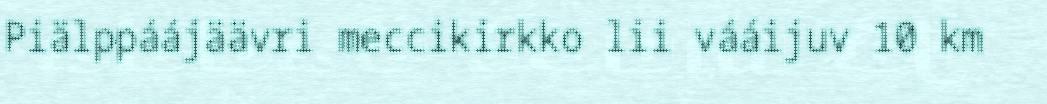
Piälppáájäävri meccikirkko lii vááijuv 10 km